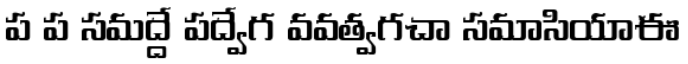
ప ప సమద్దే పద్వేగ వవత్వగచా సమాసియాఈ